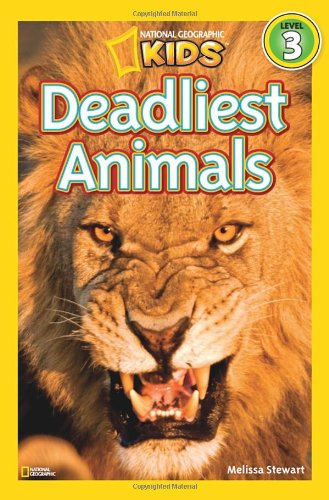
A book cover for National Geographic Readers: Deadliest Animals; Melissa Stewart; Children's Books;